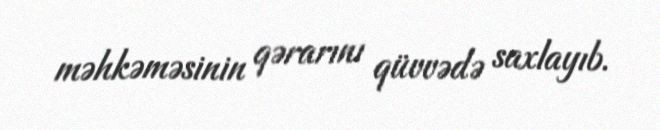
məhkəməsinin qərarını qüvvədə saxlayıb.